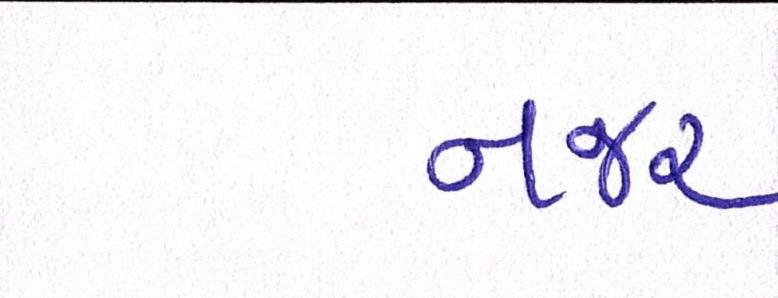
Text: નજર